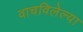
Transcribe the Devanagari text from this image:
वाचविलेल्या